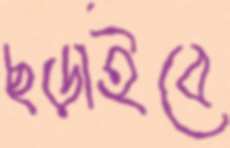
ছড়াইবে